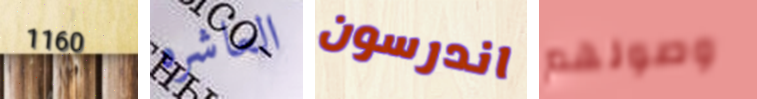
1160 العاشره اندرسون وصولهم